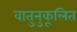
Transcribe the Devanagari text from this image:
वातुनुकूलित